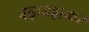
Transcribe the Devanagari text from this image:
बढ़ाबढ़ाकर